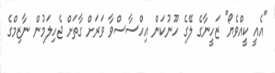
"އެއީ ކީއްވެޔޯ" ޒަހީނާގެ ލޭގެ ހޫނުކަން އިހްސާސްވާ ވަރަށް ގާތަށް ޖެހިލަމުން ނާޒިމްގެ